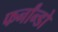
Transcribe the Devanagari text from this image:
फर्नांन्डो